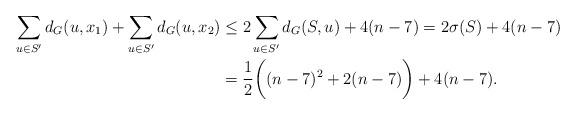
LaTeX: \begin{align*}\sum_{u\in S'}d_G(u,x_1)+\sum_{u\in S'}d_G(u,x_2)&\leq 2\sum_{u\in S'}d_G(S,u)+4(n-7)=2\sigma(S)+4(n-7)\\&=\frac{1}{2}\bigg((n-7)^2+2(n-7)\bigg)+4(n-7).\end{align*}